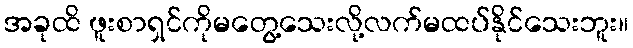
အခုထိ ဖူးစာရှင်ကိုမတွေ့သေးလို့လက်မထပ်နိုင်သေးဘူး။